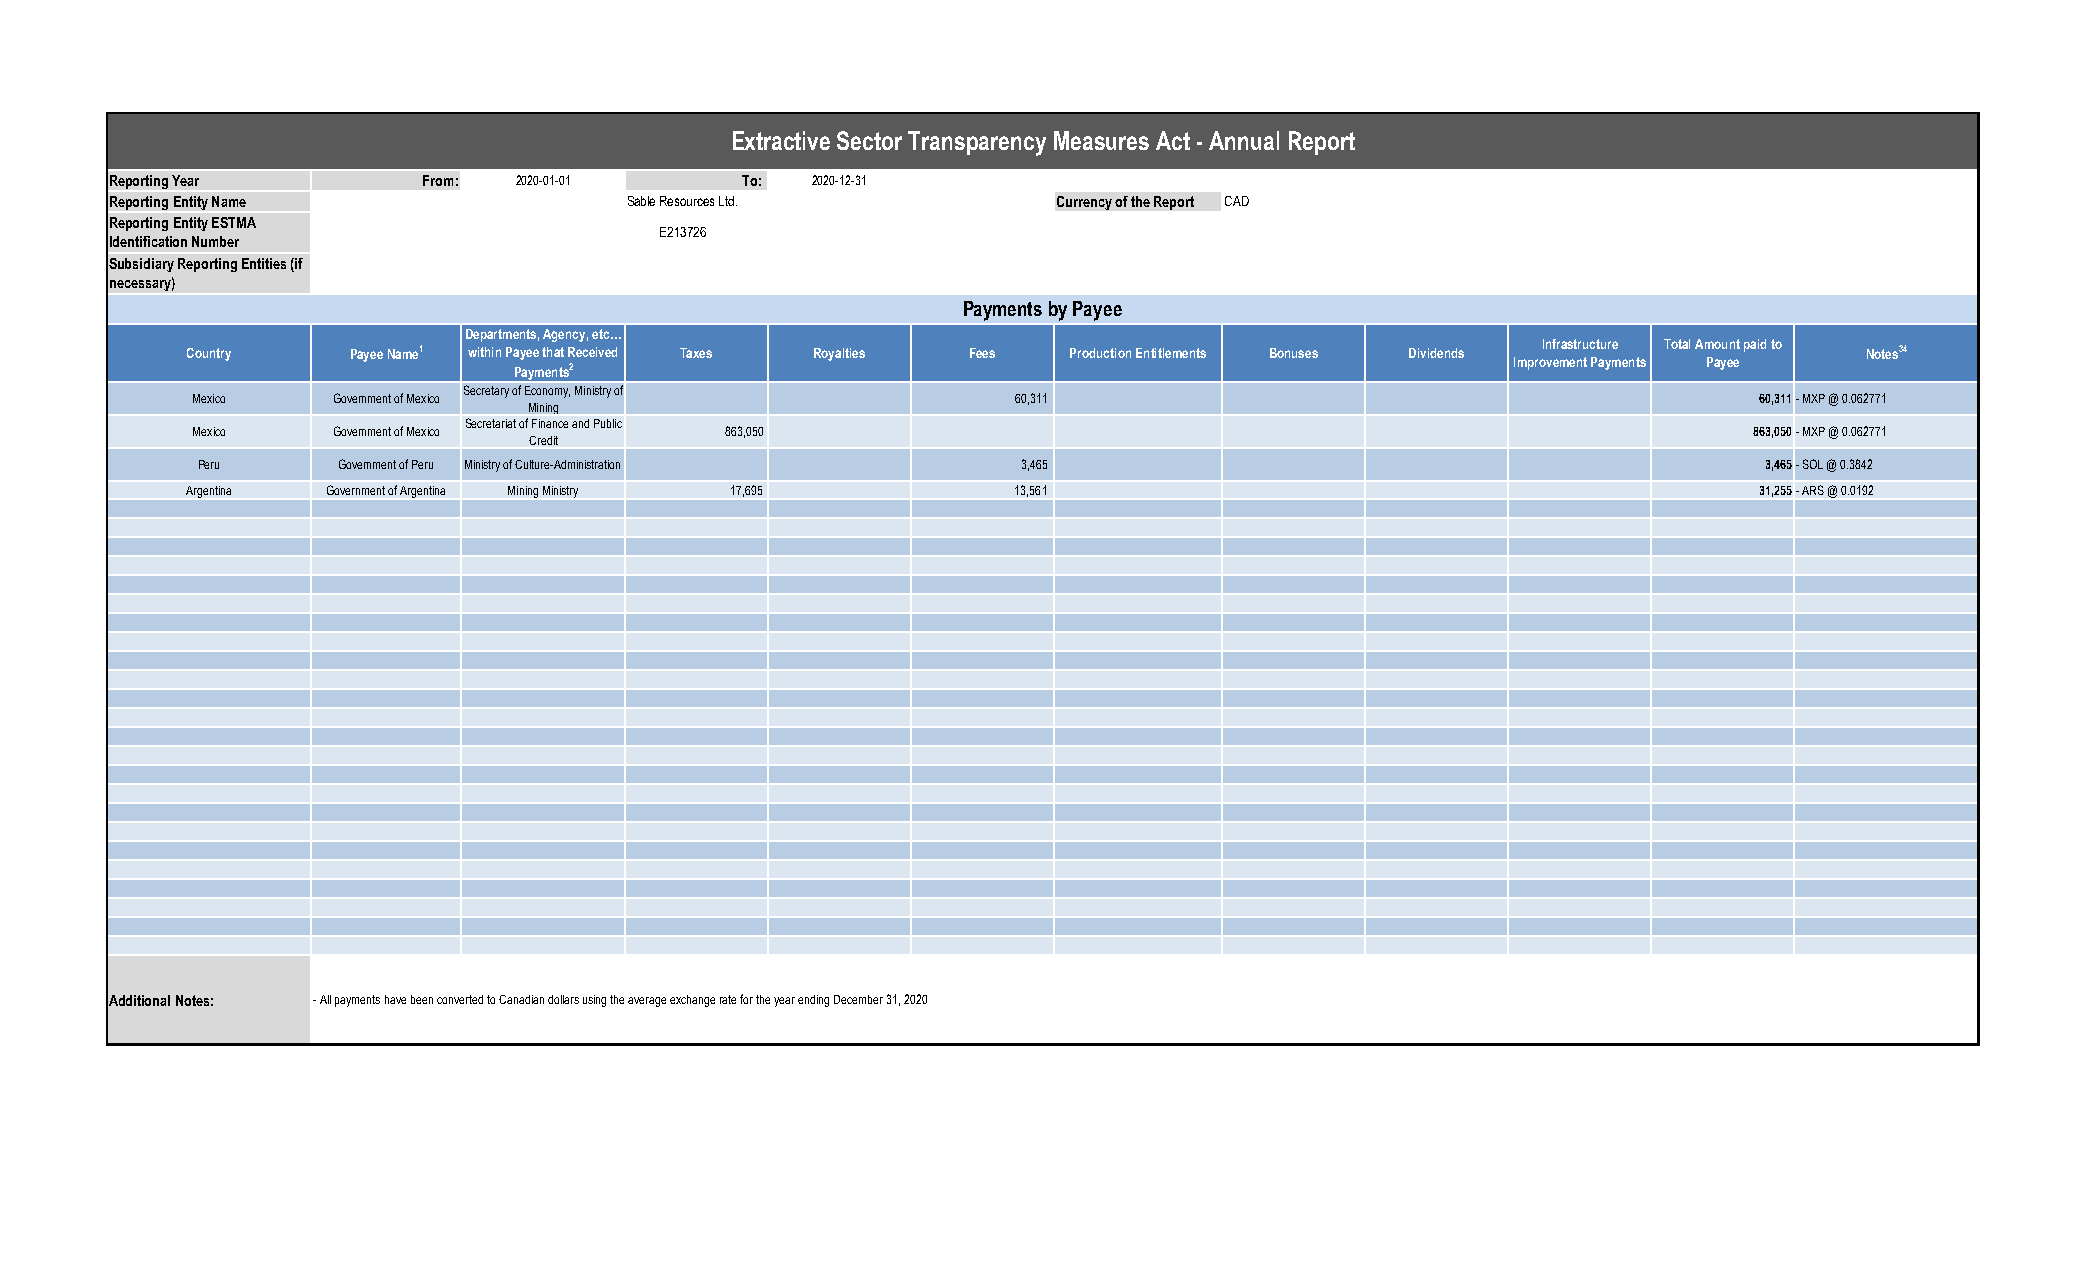
Extractive Sector Transparency Measures Act - Annual Report
 Reporting Year       From: 2020-01-01     To:  2020-12-31
 Reporting Entity Name              Sable Resources Ltd.        Currency of the Report CAD
 Reporting Entity ESTMA
 E213726
 Identification Number
 Subsidiary Reporting Entities (if
 necessary)
 Payments by Payee
 Departments, Agency, etc…
 Infrastructure Total Amount paid to
 Country    Payee Name1 within Payee that Received Taxes Royalties Fees Production Entitlements Bonuses Dividends Notes34
 Improvement Payments Payee
 Payments2
 Secretary of Economy, Ministry of
 Mexico   Government of Mexico                         60,311                                           60,311 - MXP @ 0.062771
 Mining
 Secretariat of Finance and Public
 Mexico   Government of Mexico      863,050                                                             863,050 - MXP @ 0.062771
 Credit
 Peru     Government of Peru Ministry of Culture-Administration 3,465                                    3,465 - SOL @ 0.3842
 Argentina Government of Argentina Mining Ministry 17,695 13,561                                         31,255 - ARS @ 0.0192
 Additional Notes: - All payments have been converted to Canadian dollars using the average exchange rate for the year ending December 31, 2020